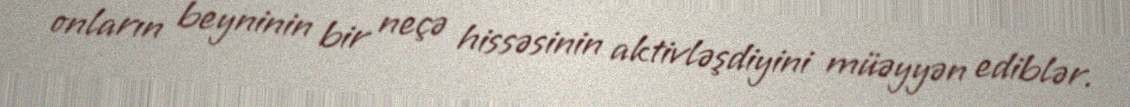
onların beyninin bir neçə hissəsinin aktivləşdiyini müəyyən ediblər.